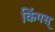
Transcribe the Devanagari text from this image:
किंगस्